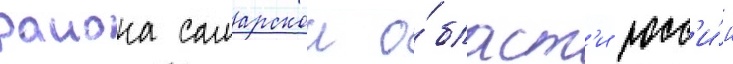
раиона самарскои о́бласт'и росс'и́и